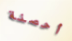
أحصنة